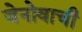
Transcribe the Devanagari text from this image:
जेनोवाची